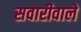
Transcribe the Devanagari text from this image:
सवारीवाले